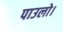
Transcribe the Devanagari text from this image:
पाउलो।